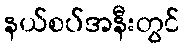
နယ်စပ်အနီးတွင်